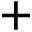
+